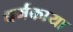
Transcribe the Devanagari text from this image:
धर्मकाया